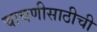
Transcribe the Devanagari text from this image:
चाचणीसाठीची